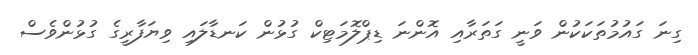
ގިނަ ގައުމުތަކަކުން ވަނީ ގަތަރާއި އޮންނަ ޑިޕްލޮމަޓިކް ގުޅުން ކަނޑާލައި ވިޔަފާރީގެ ގުޅުންވެސް